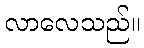
လာလေသည်။